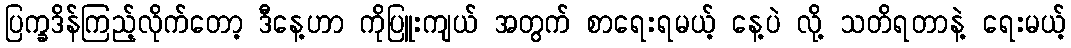
ပြက္ခဒိန်ကြည့်လိုက်တော့ ဒီနေ့ဟာ ကိုပြူးကျယ် အတွက် စာရေးရမယ့် နေ့ပဲ လို့ သတိရတာနဲ့ ရေးမယ့်